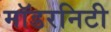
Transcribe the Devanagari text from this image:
मॉडरनिटी